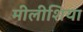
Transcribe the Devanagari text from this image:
मीलीशिया